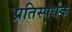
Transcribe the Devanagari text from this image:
प्रतिस्पर्धक